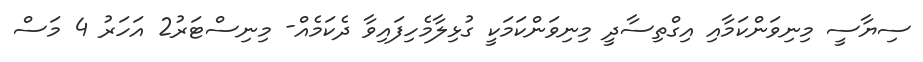
ސިޔާސީ މިނިވަންކަމާއި އިގްތިސާދީ މިނިވަންކަމަކީ ގުޅިލާމެހިފައިވާ ދެކަމެއް- މިނިސްޓަރު2 އަހަރު 4 މަސް